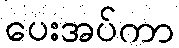
ပေးအပ်ကာ